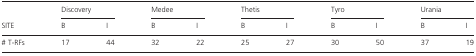
|  | <COLSPAN=2> Discovery | <COLSPAN=2> Medee | <COLSPAN=2> Thetis | <COLSPAN=2> Tyro | <COLSPAN=2> Urania |
 | SITE | B | I | B | I | B | I | B | I | B | I |
 | --- | --- | --- | --- | --- | --- | --- | --- | --- | --- | --- |
 | # T-RFs | 17 | 44 | 32 | 22 | 25 | 27 | 30 | 50 | 37 | 19 |